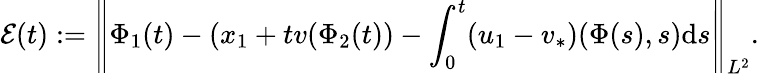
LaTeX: \mathcal{E}(t):=\left\| {\Phi}_{1}(t)-(x_{1}+tv(\Phi_{2}(t))-\int_{0}^{t}(u_{1}-v_{*})(\Phi(s),s)\mathrm{d}s\right\| _{L^{2}}.